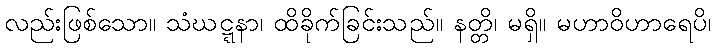
လည်းဖြစ်သော။ သံဃဋ္ဋနာ၊ ထိခိုက်ခြင်းသည်။ နတ္တိ၊ မရှိ။ မဟာဝိဟာရေပိ၊